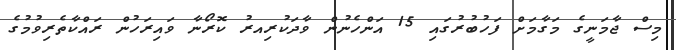
މިސް ޖާމަނީގެ މަގާމަށް ފަހުބުރުގައި 15 އަންހެނުން ވާދަކުރިއރު ކޮރޯނާ ވައިރަހުން ރައްކާތެރިވުމުގެ